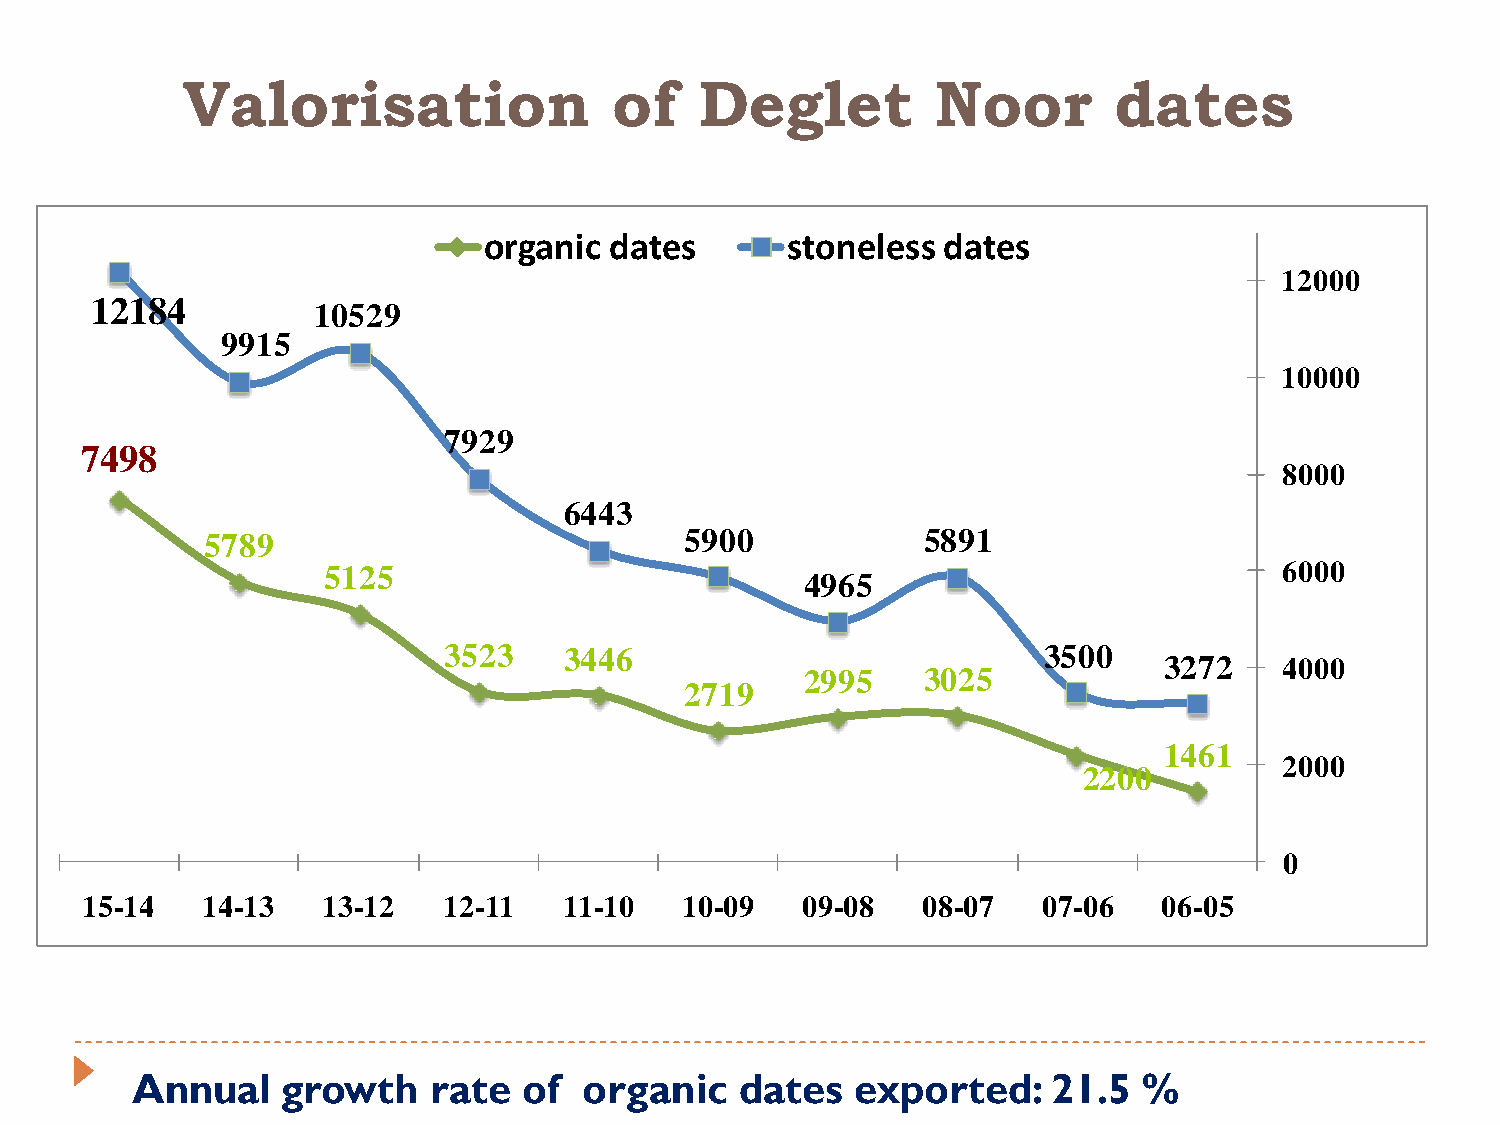
Valorisation                 of   Deglet          Noor        dates
 Annual    growth    rate  of  organic   dates   exported:    21.5  %
 7
 1
 1
 4
 5
 2 1
 9
 - 1
 8
 4
 8 4
 5
 1
 9
 7
 4
 9
 8
 - 1
 1
 9
 3
 5
 1
 5
 1
 0
 1
 3
 5 2
 2
 - 1
 9
 5
 2
 7
 3
 1
 9
 5
 2
 o
 2
 2
 - 1
 r
 9
 3
 1
 g a n
 6
 3
 1
 i c
 4
 4
 1
 d
 4
 4
 - 1
 3
 6
 0
 a t e s
 5
 2
 1
 9
 7
 0
 0
 1
 - 0
 0
 9
 9
 s t
 4
 2
 0
 o
 9
 9
 9
 n
 6
 9
 - 0
 e
 5
 5
 8
 l e s s
 5
 3
 0
 d
 8
 0
 8
 a
 9
 2
 - 0
 t
 1
 5
 7
 e s
 3
 0
 5
 7
 0
 2
 - 0
 0
 2
 6
 0 0
 3
 1
 0
 2
 4
 6
 7
 6
 - 0
 2
 1
 5
 1
 1
 8
 6
 4
 2
 0
 2
 0
 0
 0
 0
 0
 0
 0
 0
 0
 0
 0
 0
 0
 0
 0
 0
 0
 0
 0